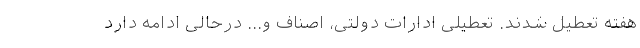
هفته تعطیل شدند. تعطیلی ادارات دولتی، اصناف و... درحالی ادامه دارد